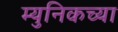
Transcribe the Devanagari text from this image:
म्युनिकच्या